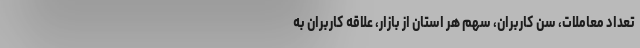
تعداد معاملات، سن کاربران، سهم هر استان‌ از بازار، علاقه کاربران به